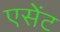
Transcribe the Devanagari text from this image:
एसेंट